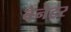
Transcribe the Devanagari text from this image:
बेनैटर